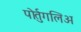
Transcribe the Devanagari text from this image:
पोर्तुगलिअ